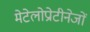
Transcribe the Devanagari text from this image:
मेटेलोप्रोटीनेजों